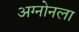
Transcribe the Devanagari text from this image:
अग्नोनला